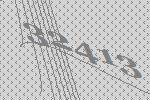
32413